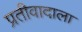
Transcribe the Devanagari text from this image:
प्रतीवादाला